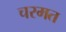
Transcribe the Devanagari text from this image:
चरमत